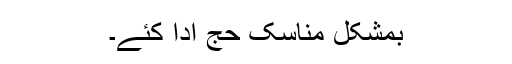
بمشکل مناسکِ حج ادا کئے۔